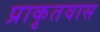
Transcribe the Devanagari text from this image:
प्राकृतवास